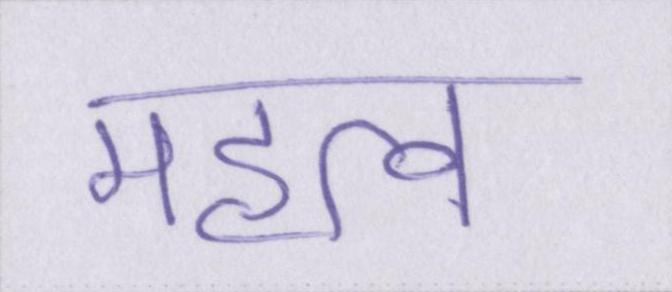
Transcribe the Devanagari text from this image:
महत्व